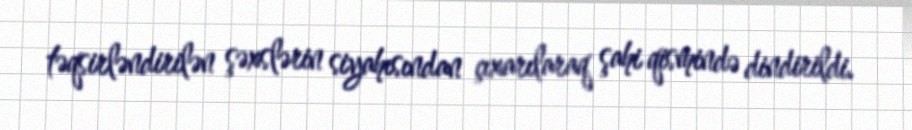
təqsirləndirilən şəxslərin siyahısından çıxarılaraq şahi qismində dindirildi.